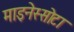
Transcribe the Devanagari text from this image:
माइनेस्सोटा